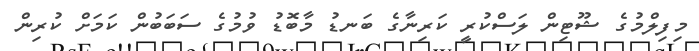
މިފިލްމުގެ ޝޫޓިން ލަސްކުރީ ކަރިނާގެ ބަނޑު މާބޮޑު ވުމުގެ ސަބަބުން ކަމަށް ކުރިން